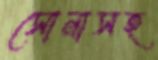
সোনাসহ